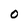
Character: O